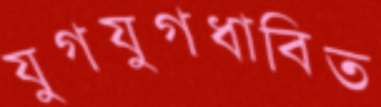
যুগযুগধাবিত